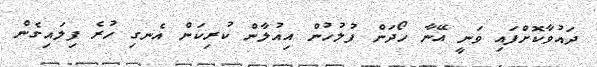
ދައުވާކޮށްފައި ވަނީ އޭނާ ހޯދަން ފުލުހުން އިއުލާން ކުރިކަން އެނގި ހުރެ ފިލައިގެން